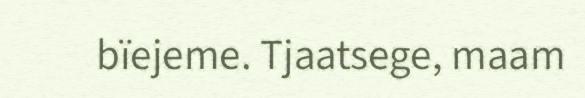
bïejeme. Tjaatsege, maam